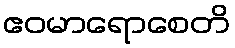
ဧဝမာရောစေတိ